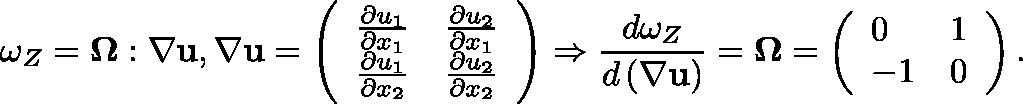
\omega _ { Z } = \mathbf { \Omega } : \nabla \mathbf { u } , \nabla \mathbf { u } = \left( \begin{array} { l l } { \frac { \partial u _ { 1 } } { \partial x _ { 1 } } } & { \frac { \partial u _ { 2 } } { \partial x _ { 1 } } } \\ { \frac { \partial u _ { 1 } } { \partial x _ { 2 } } } & { \frac { \partial u _ { 2 } } { \partial x _ { 2 } } } \end{array} \right) \Rightarrow \frac { d \omega _ { Z } } { d \left( \nabla \mathbf { u } \right) } = \mathbf { \Omega } = \left( \begin{array} { l l } { 0 } & { 1 } \\ { - 1 } & { 0 } \end{array} \right) .